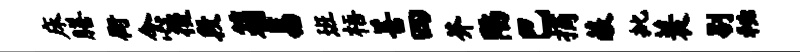
床膳街念後段箱易班梧善四芥陷巴摘蔽批蓑剔秘